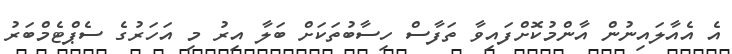
އެ އެއާލައިނުން އާންމުކޮށްފައިވާ ތަފާސް ހިސާބުތަކަށް ބަލާ އިރު މި އަހަރުގެ ސެޕްޓެމްބަރު